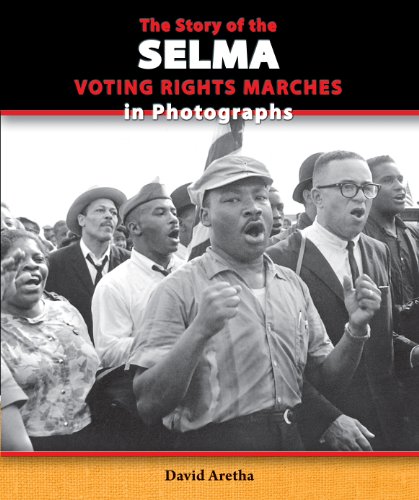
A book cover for The Story of the Selma Voting Rights Marches in Photographs (The Story of the Civil Rights Movement in Photographs); David Aretha; Children's Books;